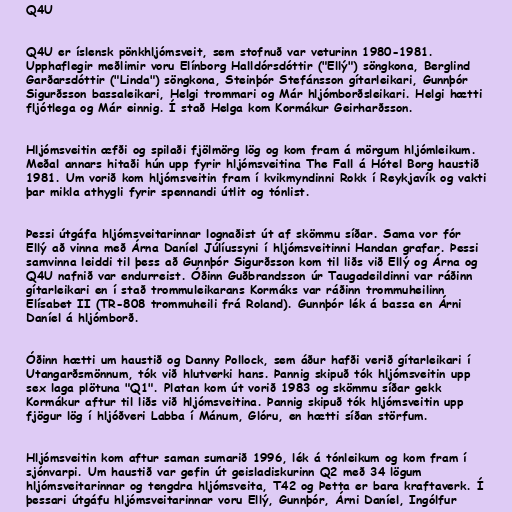
Q4U

Q4U er íslensk pönkhljómsveit, sem stofnuð var veturinn 1980-1981.
Upphaflegir meðlimir voru Elínborg Halldórsdóttir ("Ellý") söngkona, Berglind
Garðarsdóttir ("Linda") söngkona, Steinþór Stefánsson gítarleikari, Gunnþór
Sigurðsson bassaleikari, Helgi trommari og Már hljómborðsleikari. Helgi hætti
fljótlega og Már einnig. Í stað Helga kom Kormákur Geirharðsson.

Hljómsveitin æfði og spilaði fjölmörg lög og kom fram á mörgum hljómleikum.
Meðal annars hitaði hún upp fyrir hljómsveitina The Fall á Hótel Borg haustið
1981. Um vorið kom hljómsveitin fram í kvikmyndinni Rokk í Reykjavík og vakti
þar mikla athygli fyrir spennandi útlit og tónlist.

Þessi útgáfa hljómsveitarinnar lognaðist út af skömmu síðar. Sama vor fór
Ellý að vinna með Árna Daníel Júlíussyni í hljómsveitinni Handan grafar. Þessi
samvinna leiddi til þess að Gunnþór Sigurðsson kom til liðs við Ellý og Árna og
Q4U nafnið var endurreist. Óðinn Guðbrandsson úr Taugadeildinni var ráðinn
gítarleikari en í stað trommuleikarans Kormáks var ráðinn trommuheilinn
Elísabet II (TR-808 trommuheili frá Roland). Gunnþór lék á bassa en Árni
Daníel á hljómborð.

Óðinn hætti um haustið og Danny Pollock, sem áður hafði verið gítarleikari í
Utangarðsmönnum, tók við hlutverki hans. Þannig skipuð tók hljómsveitin upp
sex laga plötuna "Q1". Platan kom út vorið 1983 og skömmu síðar gekk
Kormákur aftur til liðs við hljómsveitina. Þannig skipuð tók hljómsveitin upp
fjögur lög í hljóðveri Labba í Mánum, Glóru, en hætti síðan störfum.

Hljómsveitin kom aftur saman sumarið 1996, lék á tónleikum og kom fram í
sjónvarpi. Um haustið var gefin út geisladiskurinn Q2 með 34 lögum
hljómsveitarinnar og tengdra hljómsveita, T42 og Þetta er bara kraftaverk. Í
þessari útgáfu hljómsveitarinnar voru Ellý, Gunnþór, Árni Daníel, Ingólfur